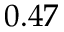
0 . 4 7